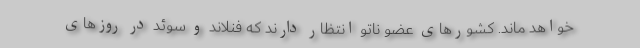
خواهد ماند. کشورهای عضو ناتو انتظار دارند که فنلاند و سوئد در روزهای